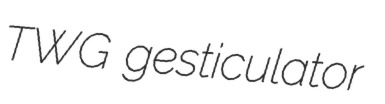
TWG gesticulator